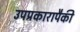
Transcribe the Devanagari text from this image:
उपप्रकारापैकी